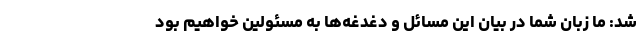
شد: ما زبان شما در بیان این مسائل و دغدغه‌ها به مسئولین خواهیم بود